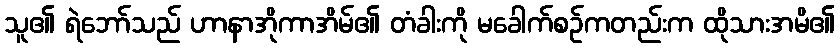
သူ၏ ရဲဘော်သည် ဟာနာအိုကာအိမ်၏ တံခါးကို မခေါက်စဉ်ကတည်းက ထိုသားအမိ၏